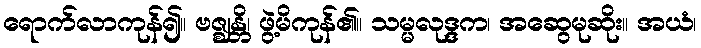
ရောက်လာကုန်၍။ ဗဇ္ဈန္တိ၊ ဖွဲ့မိကုန်၏။ သမ္မလုဒ္ဒက၊ အဆွေမုဆိုး။ အယံ၊